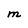
Character: M